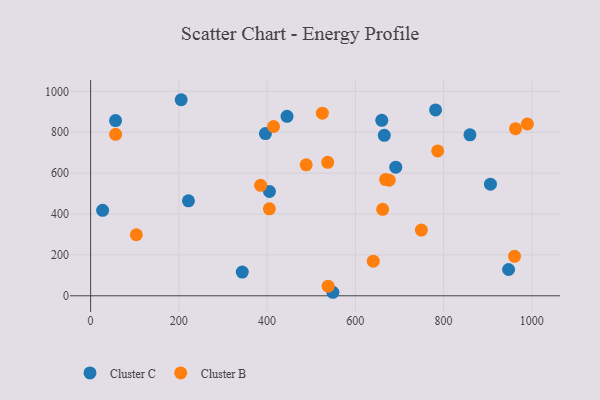
{"axis": {"x": "Engine Size", "y": "Sales"}, "legend": ["Cluster B", "Cluster C"], "data": [{"x": "56.5", "y": 856.8, "type": "Cluster C"}, {"x": "445.2", "y": 877.9, "type": "Cluster C"}, {"x": "396.2", "y": 793.6, "type": "Cluster C"}, {"x": "405.3", "y": 510.0, "type": "Cluster C"}, {"x": "947.3", "y": 128.6, "type": "Cluster C"}, {"x": "859.7", "y": 787.2, "type": "Cluster C"}, {"x": "221.7", "y": 464.4, "type": "Cluster C"}, {"x": "665.6", "y": 784.9, "type": "Cluster C"}, {"x": "691.6", "y": 629.3, "type": "Cluster C"}, {"x": "906.2", "y": 545.9, "type": "Cluster C"}, {"x": "27.2", "y": 418.1, "type": "Cluster C"}, {"x": "659.9", "y": 858.0, "type": "Cluster C"}, {"x": "343.7", "y": 116.1, "type": "Cluster C"}, {"x": "781.8", "y": 909.3, "type": "Cluster C"}, {"x": "205.3", "y": 959.0, "type": "Cluster C"}, {"x": "549.1", "y": 17.2, "type": "Cluster C"}, {"x": "103.6", "y": 298.6, "type": "Cluster B"}, {"x": "786.6", "y": 708.4, "type": "Cluster B"}, {"x": "414.6", "y": 828.1, "type": "Cluster B"}, {"x": "640.6", "y": 169.2, "type": "Cluster B"}, {"x": "661.9", "y": 423.0, "type": "Cluster B"}, {"x": "538.3", "y": 47.1, "type": "Cluster B"}, {"x": "668.6", "y": 568.5, "type": "Cluster B"}, {"x": "525.2", "y": 893.0, "type": "Cluster B"}, {"x": "385.3", "y": 540.2, "type": "Cluster B"}, {"x": "405.1", "y": 425.5, "type": "Cluster B"}, {"x": "749.6", "y": 321.3, "type": "Cluster B"}, {"x": "960.8", "y": 193.0, "type": "Cluster B"}, {"x": "56.7", "y": 789.9, "type": "Cluster B"}, {"x": "963.1", "y": 817.2, "type": "Cluster B"}, {"x": "488.6", "y": 640.8, "type": "Cluster B"}, {"x": "537.3", "y": 652.7, "type": "Cluster B"}, {"x": "676.7", "y": 565.4, "type": "Cluster B"}, {"x": "989.9", "y": 840.2, "type": "Cluster B"}]}